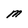
Character: M